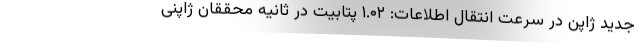
جدید ژاپن در سرعت انتقال اطلاعات: ۱.۰۲ پتابیت در ثانیه محققان ژاپنی